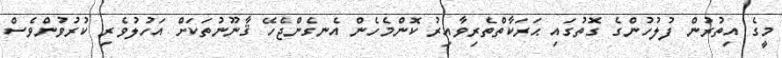
މީގެ އިތުރުން ފުލުހުންގެ ގޮތުގައި ޙަރަކާތްތެރިވާއިރު ކޮންމެހެން އެނގެންޖެހޭ ޤާނޫނުތަކަށް އަހުލުވެރި ކުރުވުންވެސް